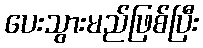
ပေးသွားမည်ဖြစ်ပြီး